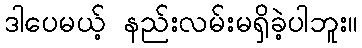
ဒါပေမယ့် နည်းလမ်းမရှိခဲ့ပါဘူး။